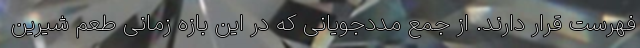
فهرست قرار دارند. از جمع مددجویانی که در این بازه زمانی طعم شیرین